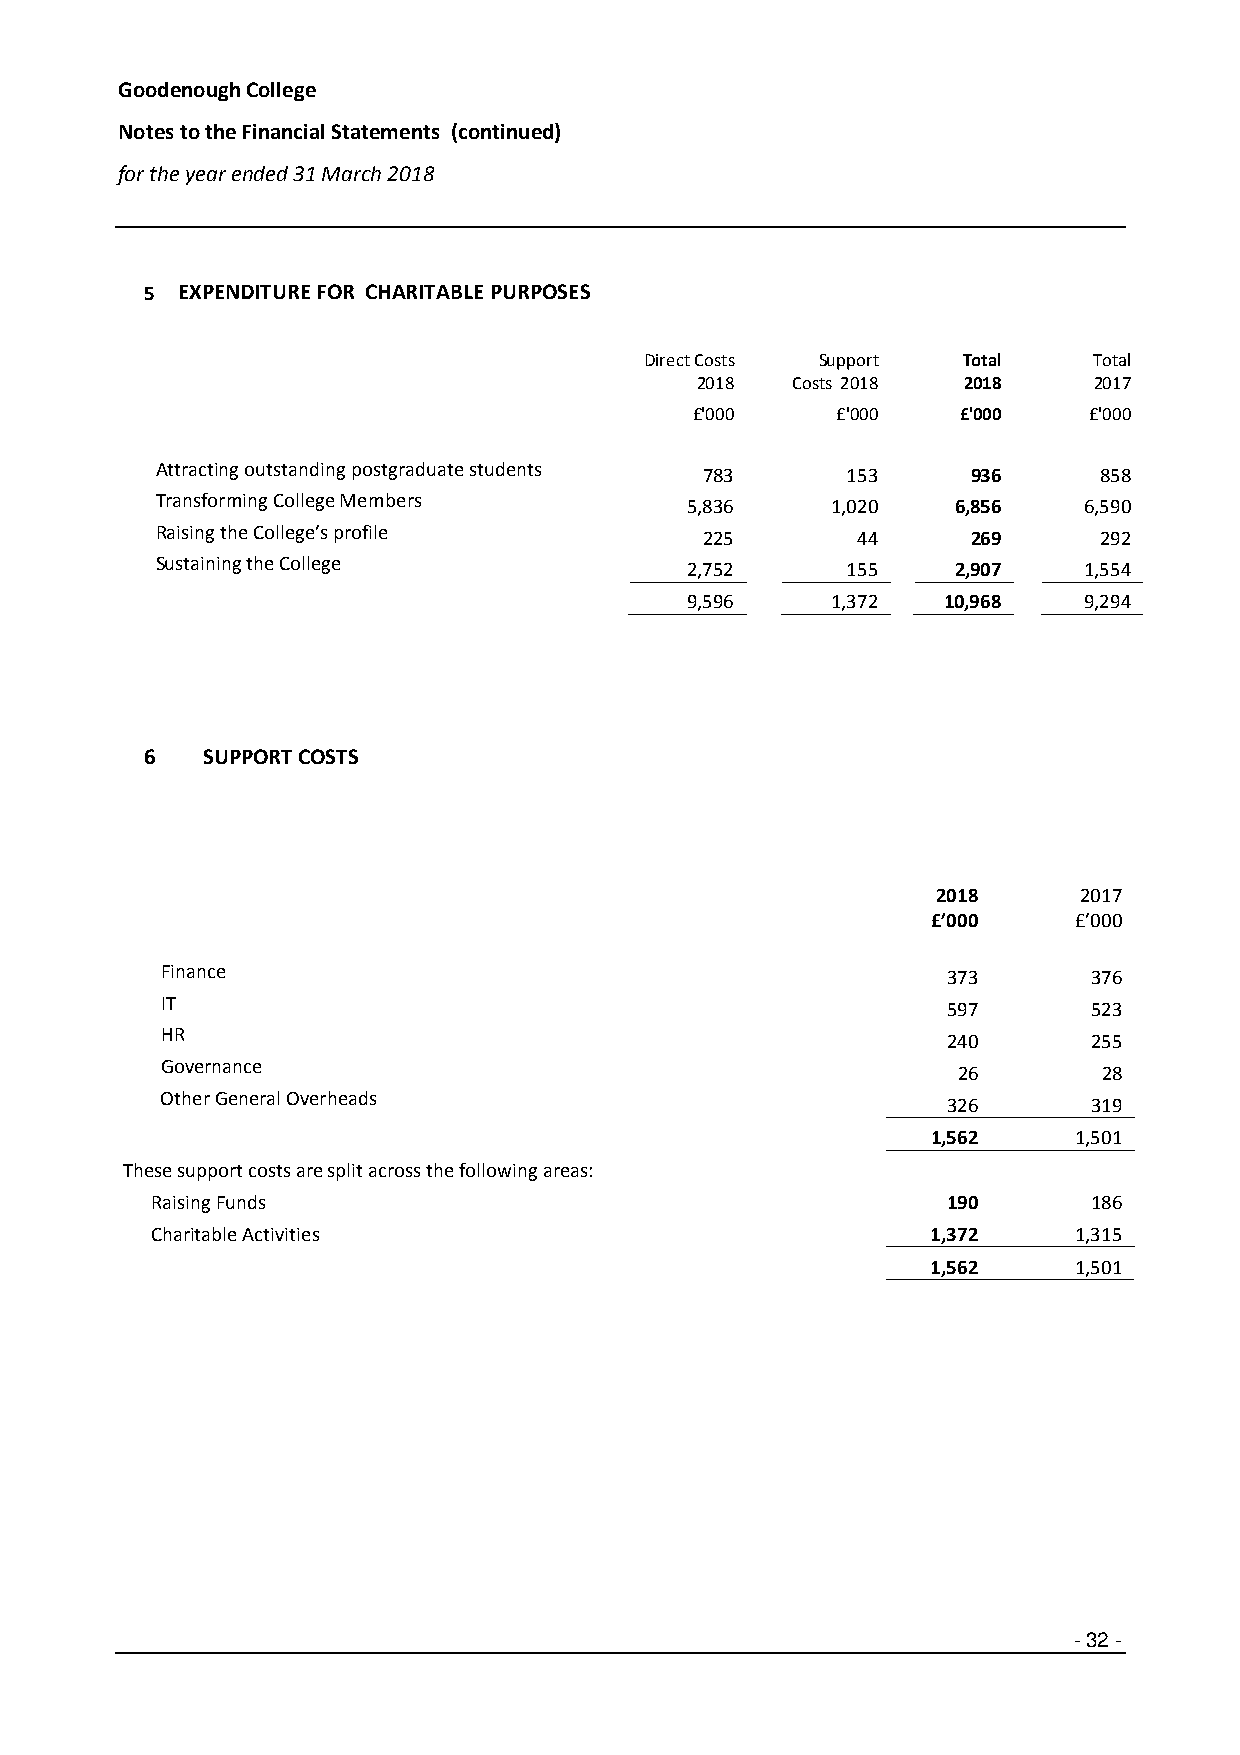
Goodenough College
 Notes to the Financial Statements (continued)
 for the year ended 31 March 2018
 5 EXPENDITURE FOR CHARITABLE PURPOSES
 Direct Costs Support Total   Total
 2018  Costs 2018  2018    2017
 £'000    £'000    £'000   £'000
 Attracting outstanding postgraduate students 783 153  936      858
 Transforming College Members        5,836    1,020   6,856    6,590
 Raising the College’s profile        225       44     269      292
 Sustaining the College              2,752     155    2,907    1,554
 9,596    1,372  10,968    9,294
 6  SUPPORT COSTS
 2018      2017
 £’000    £’000
 Finance                                             373      376
 IT
 597      523
 HR
 240      255
 Governance
 26        28
 Other General Overheads
 326      319
 1,562    1,501
 These support costs are split across the following areas:
 Raising Funds                                        190      186
 Charitable Activities                               1,372    1,315
 1,562    1,501
 - 32 -